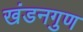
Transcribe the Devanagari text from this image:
खंडनगुण